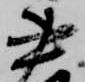
書